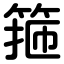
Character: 箍